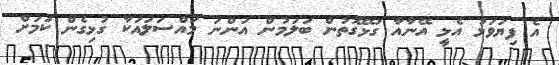
އެ ފިޔަވަޅު އެޅީ އޭނާއާ ގުޅޭގޮތުން ބަލަމުން އަންނަ މައްސަލައަކާ ގުޅިގެން ކަމަށް